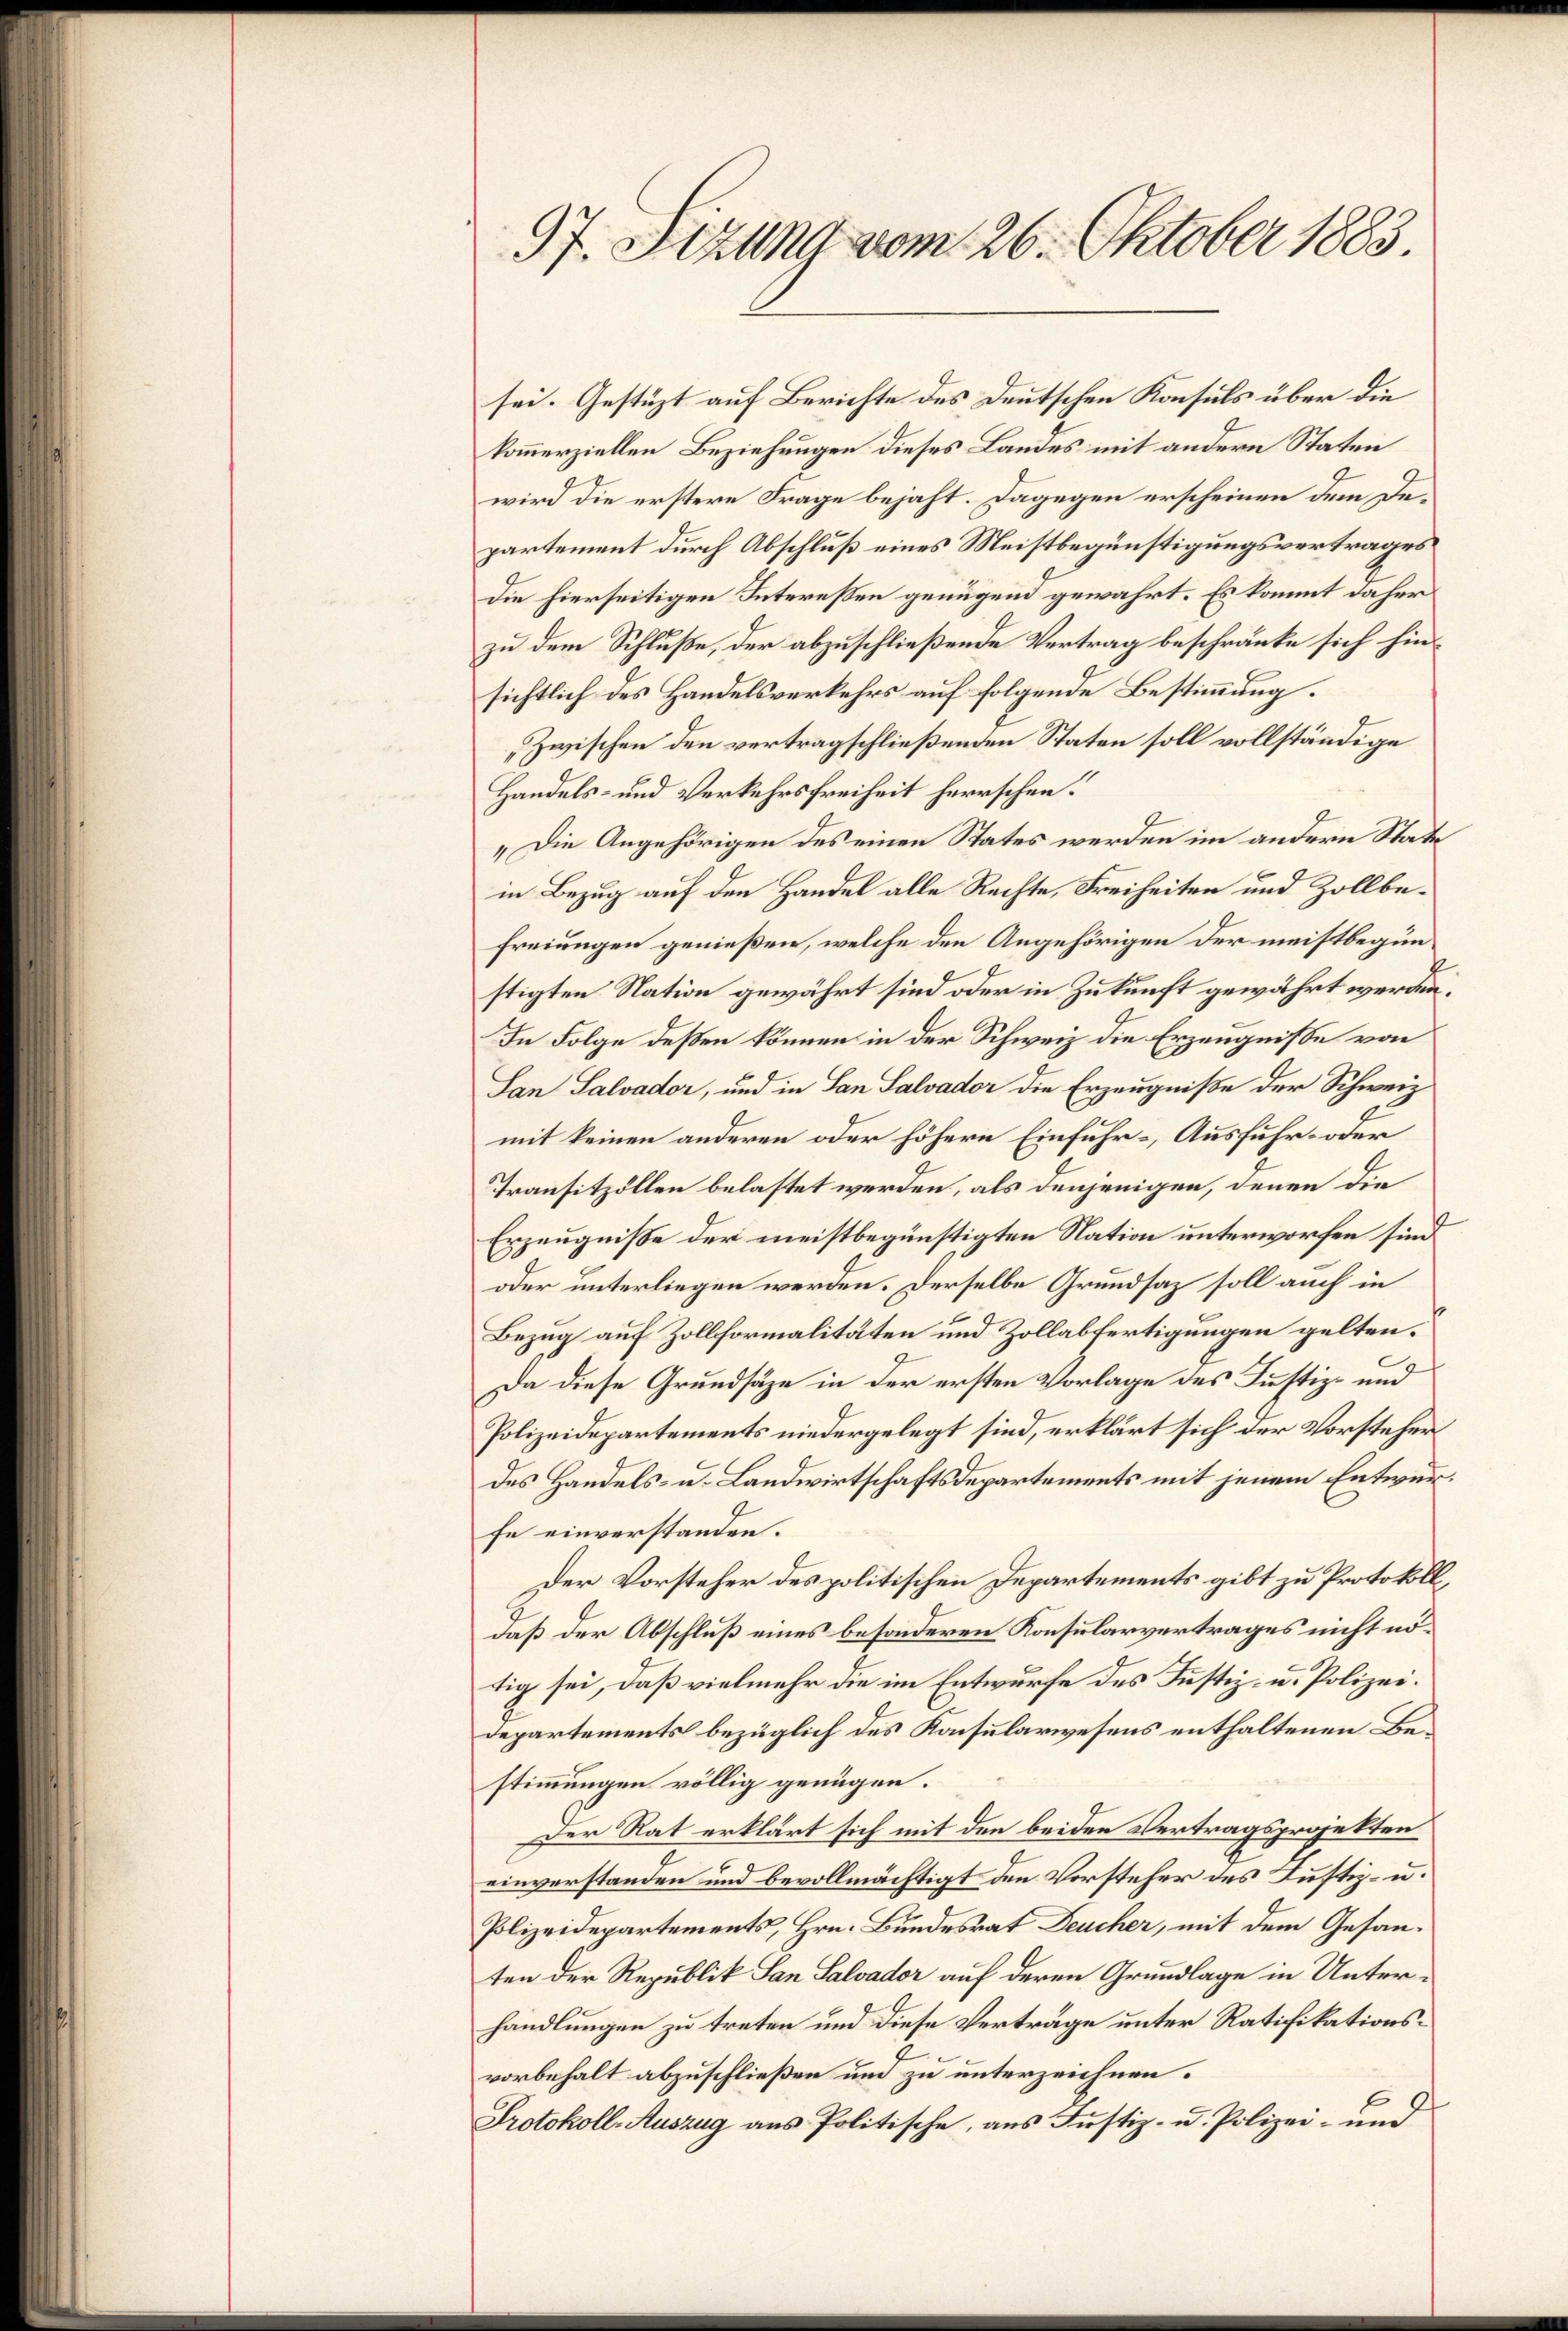
97. Sizung vom 26. Oktober 1883

sei. Gestüzt auf Berichte des Deutschen Konsuls über die
kommerziellen Beziehungen dieses Landes mit andern Staten
wird die erstere Frage bejaht. Dagegen erscheinen dem Departement durch Abschluß eines Meistbegünstigungsvertrages
Die hierseitigen Interessen genügend gewahrt. Es kommt daher
zu dem Schluße, der abzuschließende Vertrag beschränke sich hinsichtlich des Handelsverkehrs auf folgende Bestimmung.
Zwischen den vertragschließenden Staten soll vollständige
Handels- und Verkehrsfreiheit herrschen¬
„Die Angehörigen des einen States werden im andern Stattin Bezug auf den Handel alle Rechte, Freiheiten und Zollbefreiungen genießen, welche den Angehörigen der meistbegünstigten Nation gewährt sind oder in Zukunft gewährt werden.
In Folge deßen können in der Schweiz die Erzeugniße von
San Salvador, und in San Salvador die Erzeugniße der Schweiz
mit keinen anderen oder höhere Einfuhr- Ausfuhr- oder
Transitzöllen belastet werden, als denjenigen, denen die
Erzeugniße der meistbegünstigten Nation unterworfen sind
oder unterliegen werden. Derselbe Grundsaz soll auch in
Bezug auf Zollformalitäten und Zollabfertigungen gelten.
Da diese Grundsätze in der ersten Vorlage des Justiz- und
Polizeidepartements niedergelegt sind, erklärt sich der Vorsteher
des Handels- u. Landwirtschaftsdepartements mit jenem Entwurfe einverstanden.
Der Vorsteher des politischen Departements gibt zu Protokoll,
Daß der Abschluß eines besonderen Konsularvertrages nicht nötig sei, daß vielmehr die im Entwurfe des Justiz- u. Polizei.
departements bezüglich des Konsularwesens enthaltenen Bestimmungen völlig genügen.
Der Rat erklärt sich mit den beiden Vertragsprojekten
einverstanden und bevollmächtigt den Vorsteher des Justiz- u.
Polizeidepartements, Hrn. Bundesrat Deucher, mit dem Gesanten der Republik San Salvador auf deren Grundlage in Unterhandlungen zu treten und diese Verträge unter Ratifikationsvorbehalt abzuschließen und zu unterzeichnen.
Protokoll-Auszug aus Politische, aus Justiz- u. Polizei- und